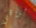
ملاهي